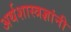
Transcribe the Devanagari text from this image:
अर्थशास्त्रज्ञांनी